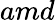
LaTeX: amd